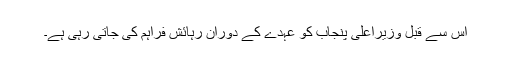
اس سے قبل وزیراعلیٰ پنجاب کو عہدے کے دوران رہائش فراہم کی جاتی رہی ہے۔